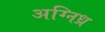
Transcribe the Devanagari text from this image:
अग्निध्र